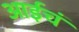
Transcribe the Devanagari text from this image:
आईचं